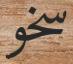
سخو